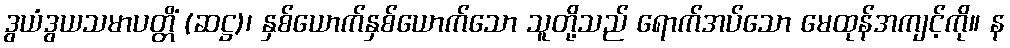
ဒွယံဒွယသမာပတ္တိံ (ဆဋ္ဌ)၊ နှစ်ယောက်နှစ်ယောက်သော သူတို့သည် ရောက်အပ်သော မေထုန်အကျင့်ကို။ န